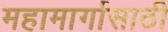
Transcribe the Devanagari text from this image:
महामार्गासाठी